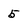
Character: 5